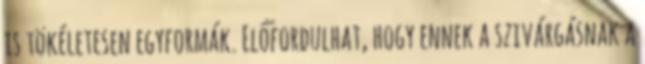
is tökéletesen egyformák. Előfordulhat, hogy ennek a szivárgásnak a